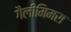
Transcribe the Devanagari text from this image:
गैलीमिमस